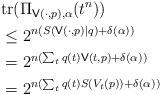
LaTeX: \begin{align*}&\mathrm{tr}(\Pi_{\mathsf{V}(\cdot,p), \alpha }(t^n))\allowdisplaybreaks\\&\leq 2^{n (S(\mathsf{V}(\cdot,p)\mid q) +\delta(\alpha))}\allowdisplaybreaks\\&= 2^{n (\sum_{t}q(t)\mathsf{V}(t,p) +\delta(\alpha))}\allowdisplaybreaks\\&= 2^{n (\sum_{t}q(t)S(V_{t}(p)) +\delta(\alpha))}\end{align*}